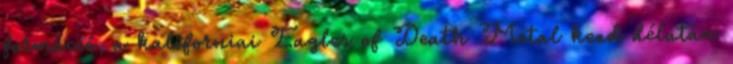
formáció, a kaliforniai Eagles of Death Metal kezd délután